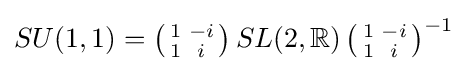
SU(1,1)=\left({\begin{smallmatrix}1&-i\\1&i\end{smallmatrix}}\right)SL(2,\mathbb {R} )\left({\begin{smallmatrix}1&-i\\1&i\end{smallmatrix}}\right)^{-1}